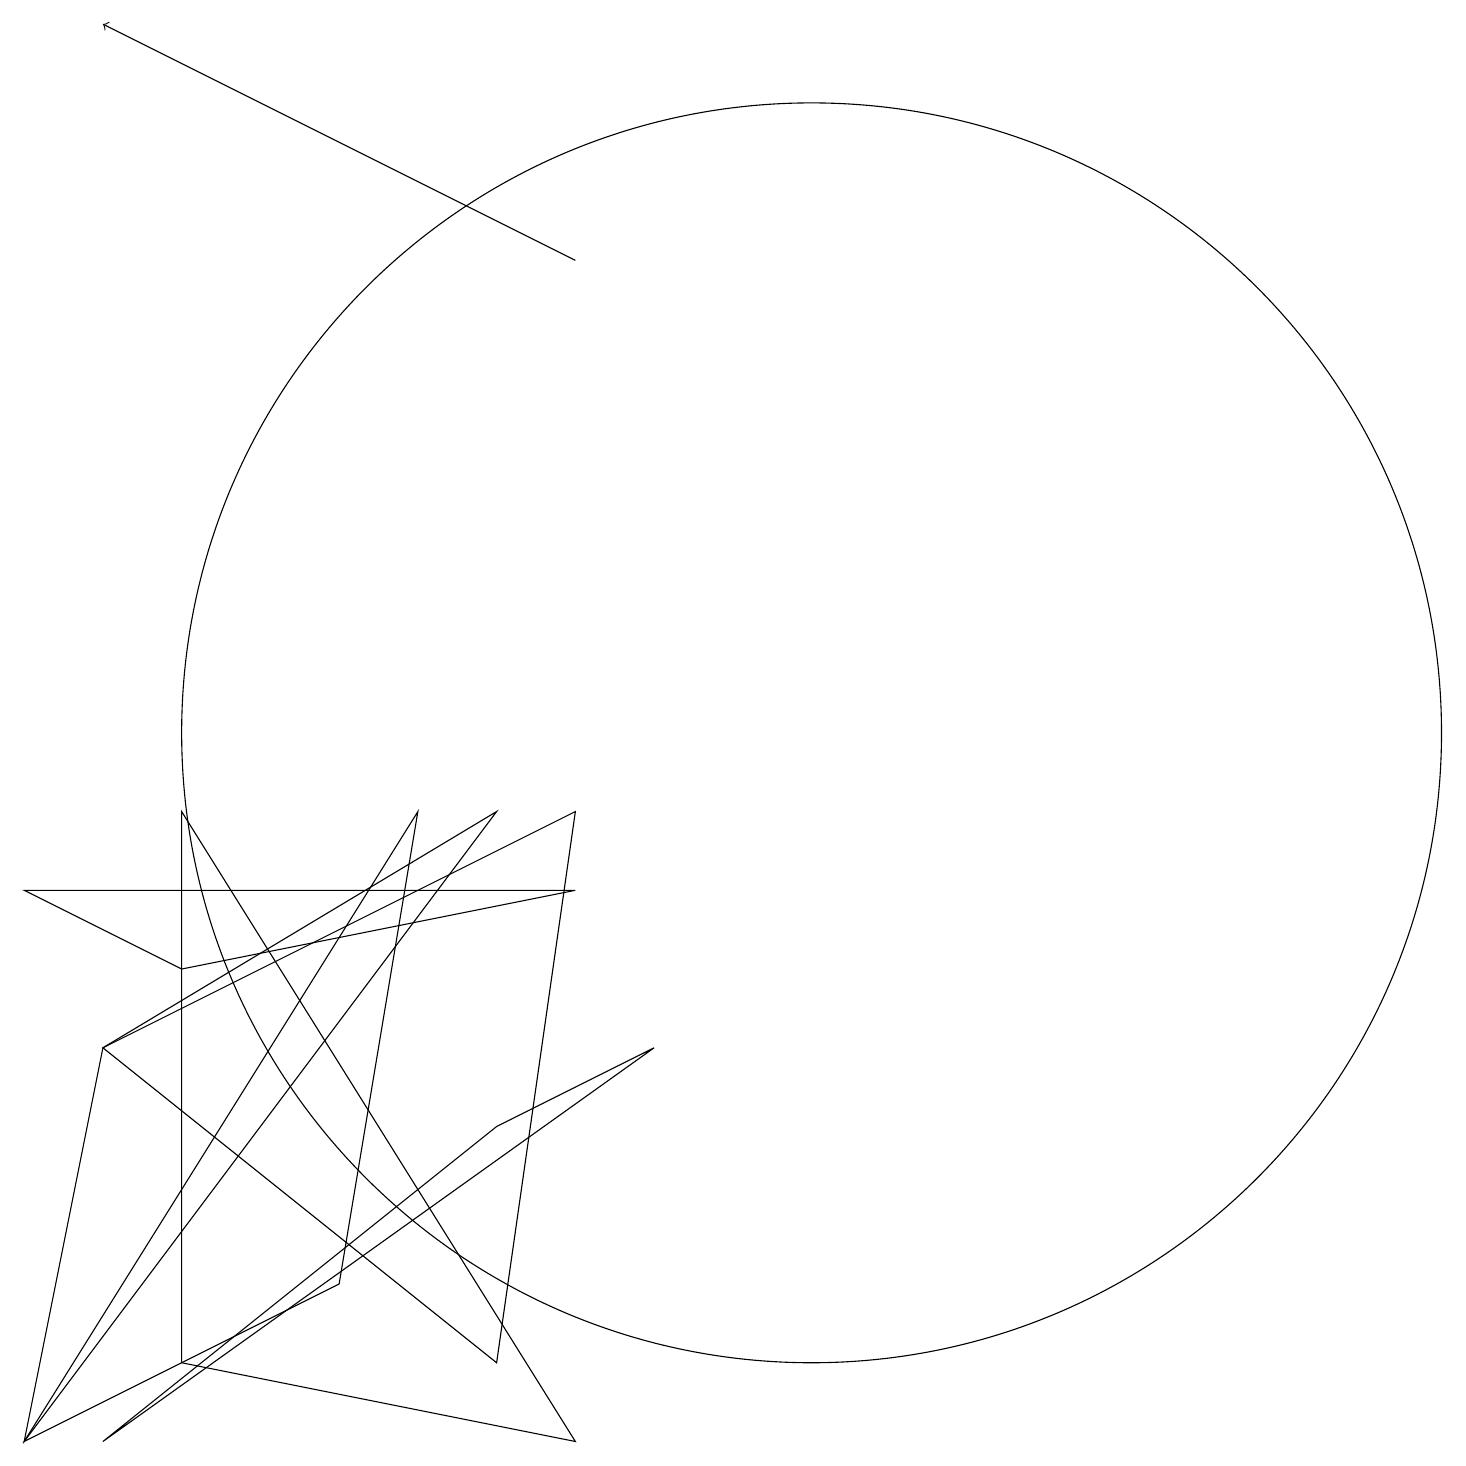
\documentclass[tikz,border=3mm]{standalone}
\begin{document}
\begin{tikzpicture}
\draw (6,9) -- (0,1) -- (1,6) -- cycle;
\draw (10,10) circle (8);
\draw (0,8) -- (2,7) -- (7,8) -- cycle;
\draw (2,2) -- (7,1) -- (2,9) -- cycle;
\draw (0,1) -- (4,3) -- (5,9) -- cycle;
\draw (8,6) -- (6,5) -- (1,1) -- cycle;
\draw (1,6) -- (7,9) -- (6,2) -- cycle;
\draw[->] (7,16) -- (1,19);
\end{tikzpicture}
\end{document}